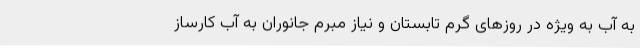
به آب به ویژه در روزهای گرم تابستان و نیاز مبرم جانوران به آب کارساز